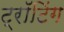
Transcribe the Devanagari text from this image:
ट्रॉटिंग